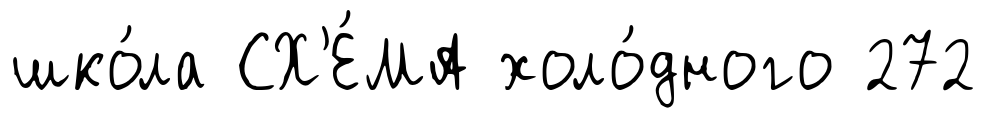
шко́ла СХ'Е́МА холо́дного 272